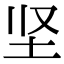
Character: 坚